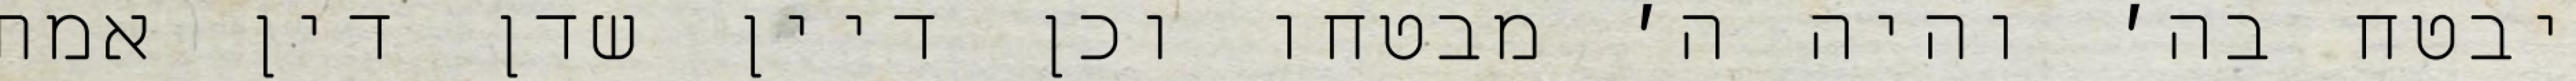
יבטח בה׳ והיה ה׳ מבטחו וכן דיין שדן דין אמת